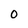
Character: 0